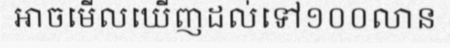
អាចមើលឃើញដល់ទៅ១០០លាន